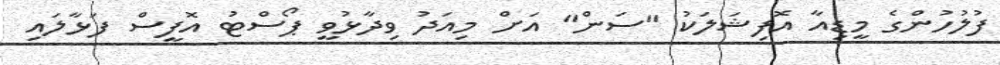
ފުލުހުންގެ މީޑިއާ އޮފިޝަލަކު "ސަން" އަށް މިއަދު ވިދާޅުވީ ޕޯސްޓު އޮފީސް ފަޅާލައި